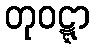
တုဝဋ္ဋာ